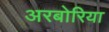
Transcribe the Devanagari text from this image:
अरबोरिया